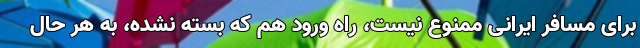
برای مسافر ایرانی ممنوع نیست، راه ورود هم که بسته نشده، به هر حال